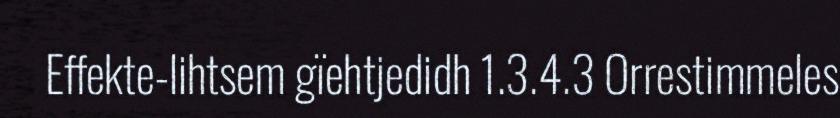
Effekte-lihtsem gïehtjedidh 1.3.4.3 Orrestimmeles